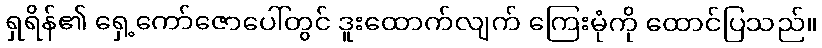
ရှရိန်၏ ရှေ့ကော်ဇောပေါ်တွင် ဒူးထောက်လျက် ကြေးမုံကို ထောင်ပြသည်။